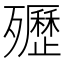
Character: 㱹